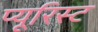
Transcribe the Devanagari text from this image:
प्यूरिस्ट